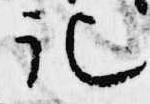
記